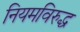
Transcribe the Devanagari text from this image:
नियमविरुद्ध